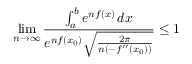
\operatorname* { l i m } _ { n \to \infty } { \frac { \int _ { a } ^ { b } e ^ { n f ( x ) } \, d x } { e ^ { n f ( x _ { 0 } ) } { \sqrt { \frac { 2 \pi } { n ( - f ^ { \prime \prime } ( x _ { 0 } ) ) } } } } } \leq 1